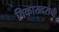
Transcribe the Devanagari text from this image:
विकासदराची